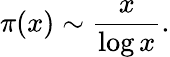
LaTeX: \pi(x)\sim{\frac{x}{\log x}}.